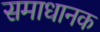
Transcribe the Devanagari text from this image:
समाधानक